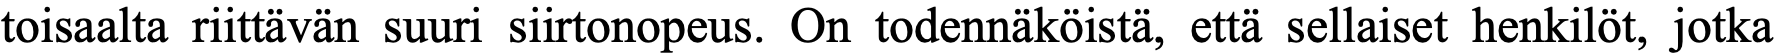
toisaalta riittävän suuri siirtonopeus. On todennäköistä, että sellaiset henkilöt, jotka